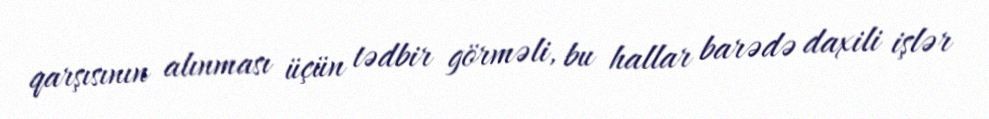
qarşısının alınması üçün tədbir görməli, bu hallar barədə daxili işlər